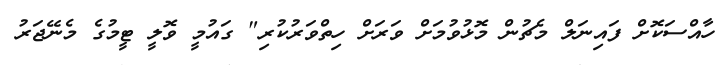
ހާއްސަކޮށް ފައިނަލް މެޗުން މޮޅުވުމަށް ވަރަށް ހިތްވަރުކުރި" ގައުމީ ވޮލީ ޓީމުގެ މެނޭޖަރު